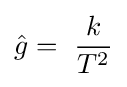
{\hat {g}}=\,\,{k \over {T^{2}}}